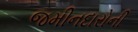
જમીનદારોની